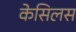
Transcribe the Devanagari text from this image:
केसिलस